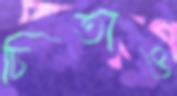
চিতাও